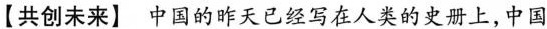
【共创未来】中国的昨天已经写在人类的史册上，中国